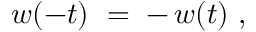
w ( - t ) ~ = \; - \, w ( t ) ~ ,